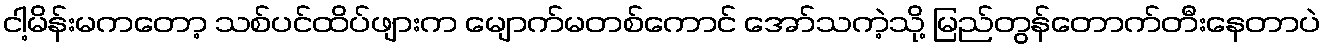
ငါ့မိန်းမကတော့ သစ်ပင်ထိပ်ဖျားက မျောက်မတစ်ကောင် အော်သကဲ့သို့ မြည်တွန်တောက်တီးနေတာပဲ